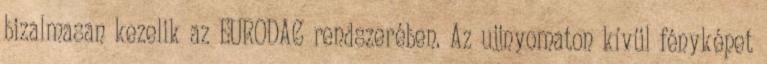
bizalmasan kezelik az EURODAC rendszerében. Az ujjnyomaton kívül fényképet